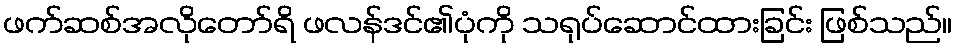
ဖက်ဆစ်အလိုတော်ရိ ဖလန်ဒင်၏ပုံကို သရုပ်ဆောင်ထားခြင်း ဖြစ်သည်။